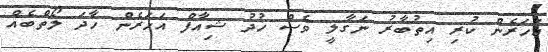
އަހަރެން ކުރި އިތުބާރު ނަގާލީ ވެސް ޚުދު ޝިއާފް އަހަރެން ހާދަ ލޯތްބެއް